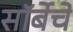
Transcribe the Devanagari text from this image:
सॉर्बेचे